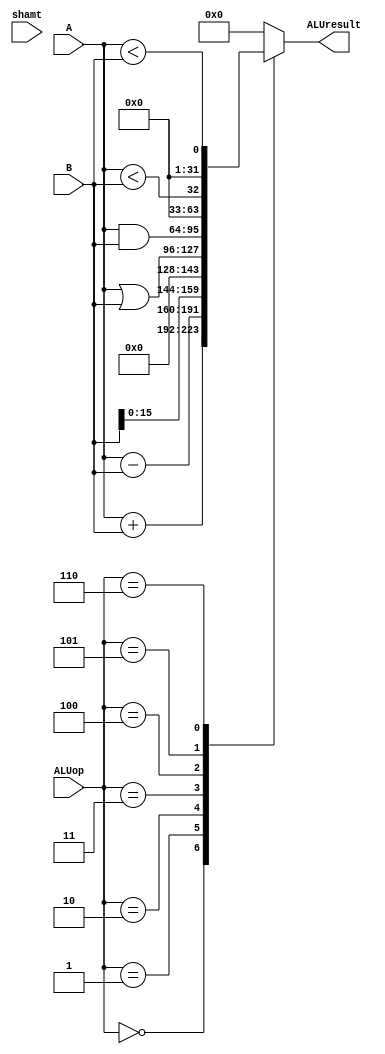
module E_ALU (
    input [31:0] A,
    input [31:0] B,
    input [4:0] shamt,
    input [3:0] ALUop,
    output reg [31:0] ALUresult
);
    always @(*) begin
        case(ALUop)
            0: ALUresult = A + B;
            1: ALUresult = A - B;
            2: ALUresult = B << 16;
            3: ALUresult = A | B;
            4: ALUresult = A & B;
            5: ALUresult = $unsigned($signed(A) < $signed(B));
            6: ALUresult = (A < B);
            default: ALUresult = 0;
        endcase
    end

    function [31:0] cnt;
	    input [31:0] A;
		input [31:0] B;
		integer i;
		begin
		    cnt = 0;
			for(i = 0;i < 32;i = i + 1) begin
				if(A[i] && B[i]) cnt = cnt + 1; 
			end
        end
	endfunction

    function over;
	    input [31:0] A;
		input [31:0] B;
		reg [32:0] temp;
		begin
		    temp = {A[31], A} + {B[31], B};
            over = (temp[32] != temp[31]);
        end
	endfunction

endmodule